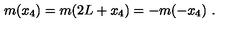
m ( x _ { 4 } ) = m ( 2 L + x _ { 4 } ) = - m ( - x _ { 4 } ) \ .